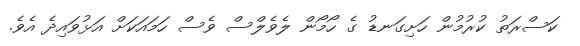
ކަސްރަތު ކުރުމުން ހަށިގަނޑު ގެ ހޯމޯން ލެވެލްސް ވެސް ހަމައަކަށް އަޅުވައިދެ އެވެ.